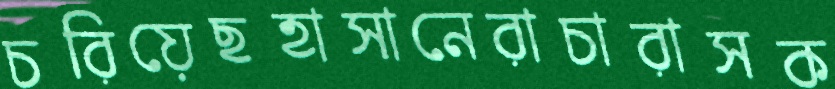
চরিয়েছহাসানেরাচারাসক